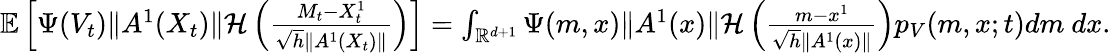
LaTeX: \begin{array}{r}{{\mathbb E}\left[\Psi(V_{t})\| A^{1}(X_{t})\| {\mathcal H}\left(\frac{M_{t}-X_{t}^{1}}{\sqrt{h}\| A^{1}(X_{t})\| }\right)\right]=\int_{{\mathbb R}^{d+1}}\Psi(m,x)\| A^{1}(x)\| {\mathcal H}\left(\frac{m-x^{1}}{\sqrt{h}\| A^{1}(x)\| }\right)p_{V}(m,x;t)dm~dx.}\end{array}